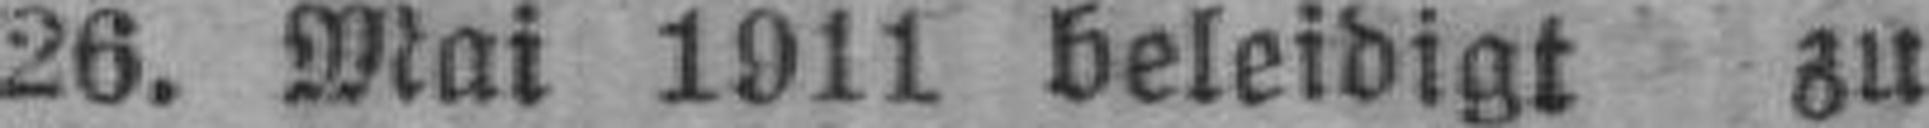
26. Mai 1911 beleidigt zu